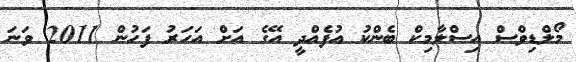
މޯލްޑިވްސް އިސްލާމިކް ބެންކު އުފެއްދީ އޭގެ އަށް އަހަރު ފަހުން 2011 ވަނަ